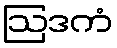
ဩဒကံ